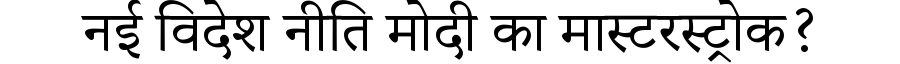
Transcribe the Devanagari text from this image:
नई विदेश नीति मोदी का मास्टरस्ट्रोक?